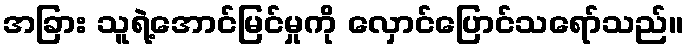
အခြား သူရဲ့အောင်မြင်မှုကို လှောင်ပြောင်သရော်သည်။